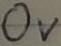
Text: OV